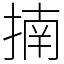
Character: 揇